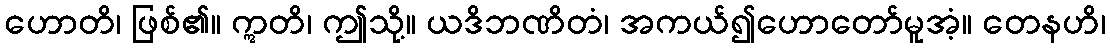
ဟောတိ၊ ဖြစ်၏။ ဣတိ၊ ဤသို့။ ယဒိဘဏိတံ၊ အကယ်၍ဟောတော်မူအံ့။ တေနဟိ၊